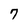
Character: 7